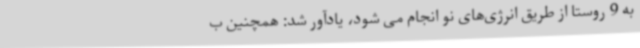
به 9 روستا از طریق انرژی‌های نو انجام می شود، یادآور شد: همچنین ب